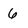
Character: 6